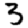
Digit: 3